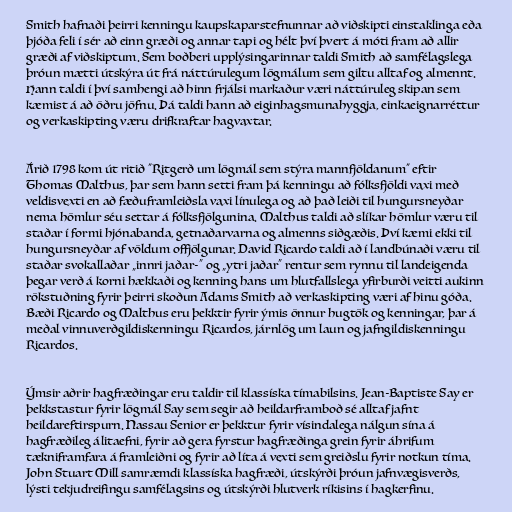
Smith hafnaði þeirri kenningu kaupskaparstefnunnar að viðskipti einstaklinga eða
þjóða feli í sér að einn græði og annar tapi og hélt því þvert á móti fram að allir
græði af viðskiptum. Sem boðberi upplýsingarinnar taldi Smith að samfélagslega
þróun mætti útskýra út frá náttúrulegum lögmálum sem giltu alltaf og almennt.
Hann taldi í því samhengi að hinn frjálsi markaður væri náttúruleg skipan sem
kæmist á að öðru jöfnu. Þá taldi hann að eiginhagsmunahyggja, einkaeignarréttur
og verkaskipting væru drifkraftar hagvaxtar.

Árið 1798 kom út ritið "Ritgerð um lögmál sem stýra mannfjöldanum" eftir
Thomas Malthus, þar sem hann setti fram þá kenningu að fólksfjöldi vaxi með
veldisvexti en að fæðuframleiðsla vaxi línulega og að það leiði til hungursneyðar
nema hömlur séu settar á fólksfjölgunina. Malthus taldi að slíkar hömlur væru til
staðar í formi hjónabanda, getnaðarvarna og almenns siðgæðis. Því kæmi ekki til
hungursneyðar af völdum offjölgunar. David Ricardo taldi að í landbúnaði væru til
staðar svokallaðar „innri jaðar-“ og „ytri jaðar“ rentur sem rynnu til landeigenda
þegar verð á korni hækkaði og kenning hans um hlutfallslega yfirburði veitti aukinn
rökstuðning fyrir þeirri skoðun Adams Smith að verkaskipting væri af hinu góða.
Bæði Ricardo og Malthus eru þekktir fyrir ýmis önnur hugtök og kenningar, þar á
meðal vinnuverðgildiskenningu Ricardos, járnlög um laun og jafngildiskenningu
Ricardos.

Ýmsir aðrir hagfræðingar eru taldir til klassíska tímabilsins. Jean-Baptiste Say er
þekkstastur fyrir lögmál Say sem segir að heildarframboð sé alltaf jafnt
heildareftirspurn. Nassau Senior er þekktur fyrir vísindalega nálgun sína á
hagfræðileg álitaefni, fyrir að gera fyrstur hagfræðinga grein fyrir áhrifum
tækniframfara á framleiðni og fyrir að líta á vexti sem greiðslu fyrir notkun tíma.
John Stuart Mill samræmdi klassíska hagfræði, útskýrði þróun jafnvægisverðs,
lýsti tekjudreifingu samfélagsins og útskýrði hlutverk ríkisins í hagkerfinu.